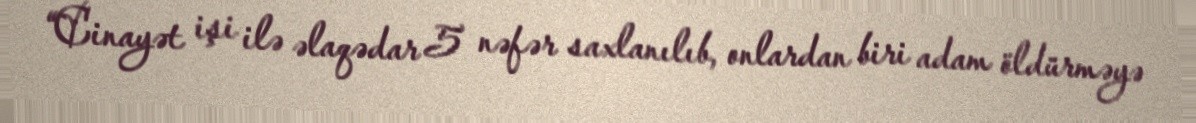
“Cinayət işi ilə əlaqədar 5 nəfər saxlanılıb, onlardan biri adam öldürməyə